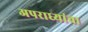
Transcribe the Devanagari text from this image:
अपराध्यांचा